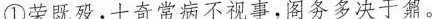
①荣既殁，士奇常病不视事，阁务多决于鼐。